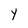
Character: y